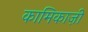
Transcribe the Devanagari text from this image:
कामिकाज़ी